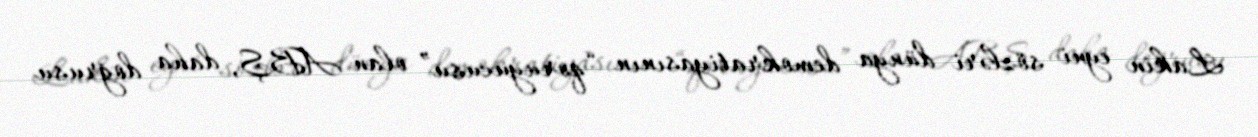
Lakin eyni sözləri dünya demokratiyasının “qoruyucusu” olan ABŞ, daha doğrusu